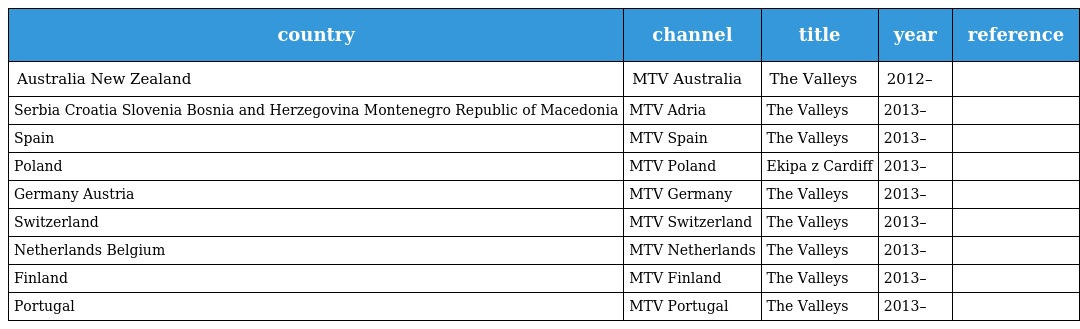
| country | channel | title | year | reference |
 | --- | --- | --- | --- | --- |
 | Australia New Zealand | MTV Australia | The Valleys | 2012– |  |
 | Serbia Croatia Slovenia Bosnia and Herzegovina Montenegro Republic of Macedonia | MTV Adria | The Valleys | 2013– |  |
 | Spain | MTV Spain | The Valleys | 2013– |  |
 | Poland | MTV Poland | Ekipa z Cardiff | 2013– |  |
 | Germany Austria | MTV Germany | The Valleys | 2013– |  |
 | Switzerland | MTV Switzerland | The Valleys | 2013– |  |
 | Netherlands Belgium | MTV Netherlands | The Valleys | 2013– |  |
 | Finland | MTV Finland | The Valleys | 2013– |  |
 | Portugal | MTV Portugal | The Valleys | 2013– |  |